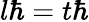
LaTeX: l\hbar=t\hbar